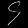
Digit: ၄